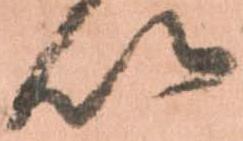
以